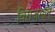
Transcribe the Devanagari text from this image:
विराजमान्